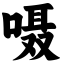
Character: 嗫